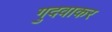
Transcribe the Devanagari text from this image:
गुदवाकर